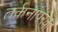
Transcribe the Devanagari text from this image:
तर्कनापरक